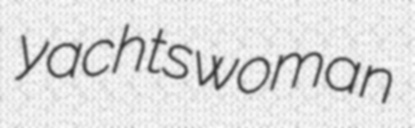
yachtswoman